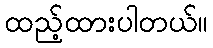
ထည့်ထားပါတယ်။